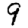
Digit: 9